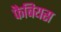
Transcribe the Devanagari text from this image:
फैबियस